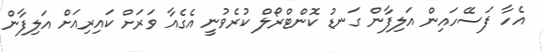
އެހާ ފަސޭހައިން އަލިފާން ގަނޑު ކޮންޓްރޯލް ކުރެވުނީ އެގެއާ ވަރަށް ކައިރިއަށް އަލިފާން